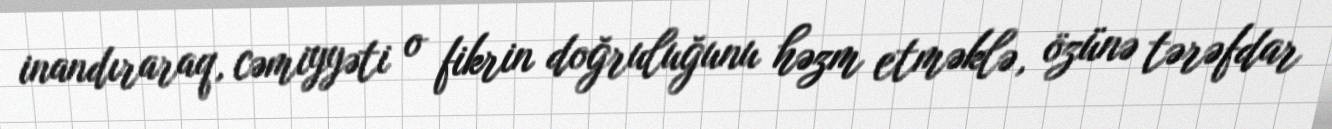
inandıraraq, cəmiyyəti o fikrin doğruluğunu həzm etməklə, özünə tərəfdar